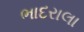
ભાદરાલા